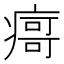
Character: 𰣻